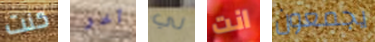
كنت آخر لي انت يجمعون